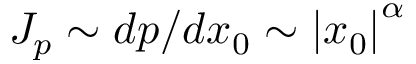
J _ { p } \sim d p / d x _ { 0 } \sim \left| x _ { 0 } \right| ^ { \alpha }